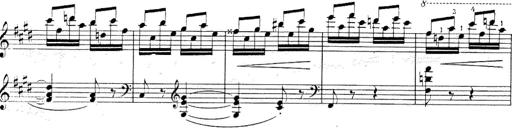
Title: Le rossignol
Composer: Franz Liszt